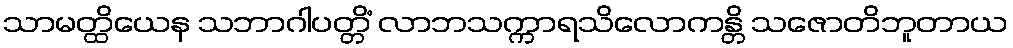
သာမတ္ထိယေန သဘာဂါပတ္တိံ လာဘသက္ကာရသိလောကန္တိ သဇောတိဘူတာယ